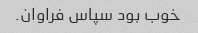
خوب بود سپاس فراوان.